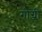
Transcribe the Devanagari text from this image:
गोग्जी